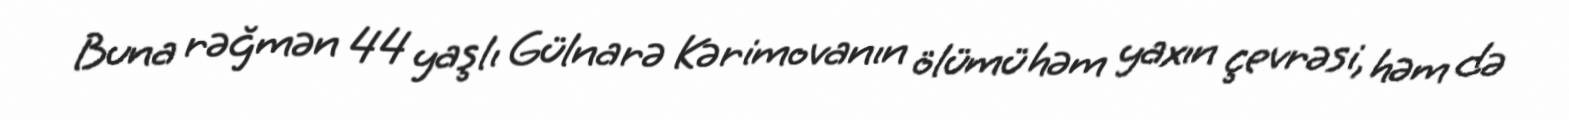
Buna rəğmən 44 yaşlı Gülnarə Kərimovanın ölümü həm yaxın çevrəsi, həm də